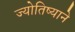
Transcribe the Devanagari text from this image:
ज्योतिष्याने